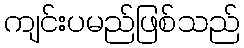
ကျင်းပမည်ဖြစ်သည်